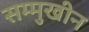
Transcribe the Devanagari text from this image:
सम्मुखीन